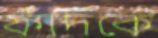
ফাঁদকে